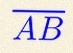
\overline{AB}